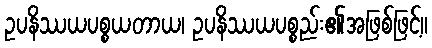
ဥပနိဿယပစ္စယတာယ၊ ဥပနိဿယပစ္စည်း၏အဖြစ်ဖြင့်။